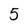
Character: 5